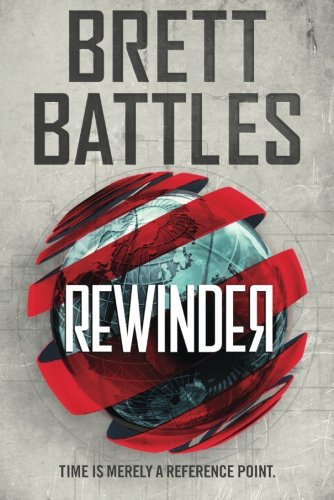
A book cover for Rewinder (Rewinder Series); Brett Battles; Science Fiction & Fantasy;